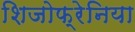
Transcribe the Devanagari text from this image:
शिजोफ्रेनिया